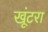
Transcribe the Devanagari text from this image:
खूंटरा